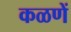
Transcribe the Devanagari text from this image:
कळणें